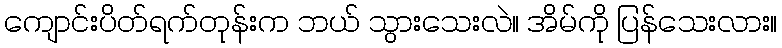
ကျောင်းပိတ်ရက်တုန်းက ဘယ် သွားသေးလဲ။ အိမ်ကို ပြန်သေးလား။